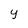
Character: Y